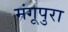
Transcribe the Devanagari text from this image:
मंगूपुरा